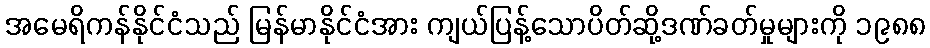
အမေရိကန်နိုင်ငံသည် မြန်မာနိုင်ငံအား ကျယ်ပြန့်သောပိတ်ဆို့ဒဏ်ခတ်မှုများကို ၁၉၈၈